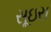
સૂઇસ